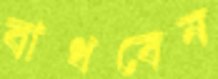
বাধবেন